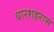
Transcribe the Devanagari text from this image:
धारशहरास